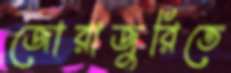
জোরাজুরিতে